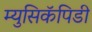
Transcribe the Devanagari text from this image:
म्युसिकॅपिडी